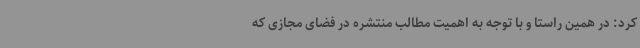
کرد: در همین راستا و با توجه به اهمیت مطالب منتشره در فضای مجازی که